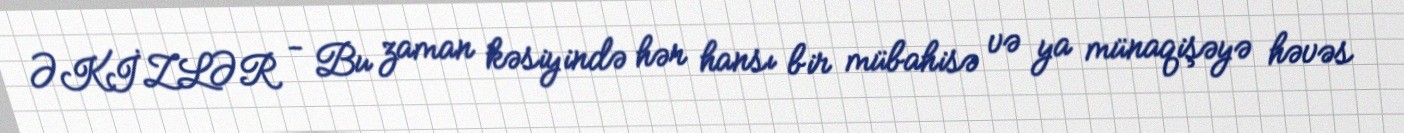
ƏKİZLƏR - Bu zaman kəsiyində hər hansı bir mübahisə və ya münaqişəyə həvəs